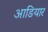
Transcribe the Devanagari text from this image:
आडियार